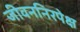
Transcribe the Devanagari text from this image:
जीवननिरपेक्ष